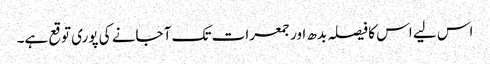
اس لیے اس کا فیصلہ بدھ اور جمعرات تک آ جانے کی پوری توقع ہے۔